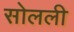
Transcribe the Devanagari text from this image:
सोलली